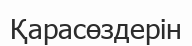
Қарасөздерін